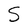
Character: S